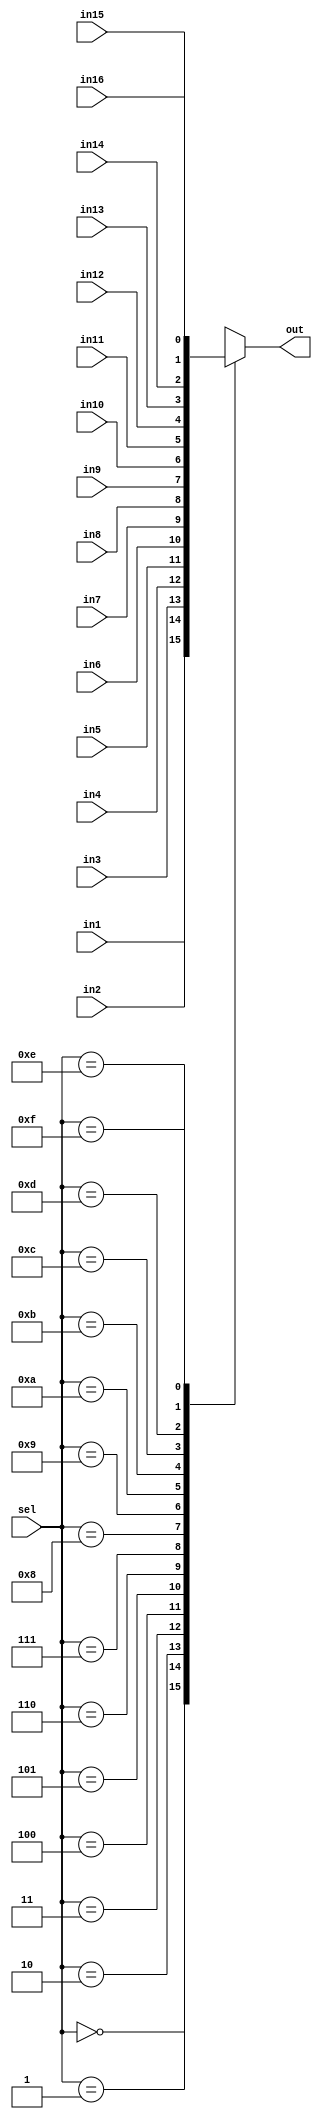
module mux16_4 (sel,in1, in2, in3, in4,in5,in6,in7,in8, in9, in10,in11, in12, in13, in14, in15, in16, out);

    parameter N=1;
    input [3:0] sel;
    input [N-1:0] in1;
    input [N-1:0] in2;
    input [N-1:0] in3;
    input [N-1:0] in4;
    input [N-1:0] in5;
    input [N-1:0] in6;
    input [N-1:0] in7;
    input [N-1:0] in8;
    input [N-1:0] in9;
    input [N-1:0] in10;
    input [N-1:0] in11;
    input [N-1:0] in12;
    input [N-1:0] in13;
    input [N-1:0] in14;
    input [N-1:0] in15;
    input [N-1:0] in16;
    output reg [N-1:0] out;
    
    always @(*) begin
        case(sel)
            4'b0000: out = in1;
            4'b0001: out = in2;
            4'b0010: out = in3;
            4'b0011: out = in4;
            4'b0100: out = in5;
            4'b0101: out = in6;
            4'b0110: out = in7;
            4'b0111: out = in8;
            4'b1000: out = in9;
            4'b1001: out = in10;
            4'b1010: out = in11;
            4'b1011: out = in12;
            4'b1100: out = in13;
            4'b1101: out = in14;
            4'b1110: out = in15;
            4'b1111: out = in16;
        endcase
    end
    
endmodule